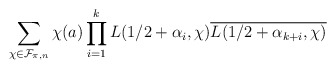
\begin{align*} \sum_{ \chi \in \mathcal F_{\pi,n}} \chi(a) \prod_{i=1}^k L(1/2 + \alpha_i, \chi) \overline{L(1/2+ \alpha_{k+i},\chi)} \end{align*}